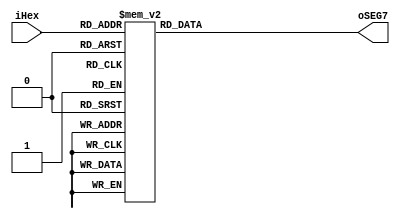
module seg_dec(iHex, oSEG7);
	input [3:0] iHex;
	output reg [6:0] oSEG7;
	
	always @ (iHex)
	begin
		case(iHex)
		4'h0: oSEG7 = 7'b1000000;	//0
		4'h1: oSEG7 = 7'b1111001;	//1
		4'h2: oSEG7 = 7'b0100100;	//2
		4'h3: oSEG7 = 7'b0110000;	//3
		4'h4: oSEG7 = 7'b0011001;	//4
		4'h5: oSEG7 = 7'b0010010;	//5
		4'h6: oSEG7 = 7'b0000010;	//6
		4'h7: oSEG7 = 7'b1111000;	//7
		4'h8: oSEG7 = 7'b0000000;	//8
		4'h9: oSEG7 = 7'b0011000;	//9
		4'ha: oSEG7 = 7'b0001000;	//A
		4'hb: oSEG7 = 7'b0000011;	//B
		4'hc: oSEG7 = 7'b1000110;	//C
		4'hd: oSEG7 = 7'b0100001;	//D
		4'he: oSEG7 = 7'b0000110;	//E
		4'hf: oSEG7 = 7'b0001110;	//F
		default: oSEG7 = 7'b1111111;
		endcase
	end
endmodule